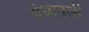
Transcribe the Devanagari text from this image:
ग्रंथातली